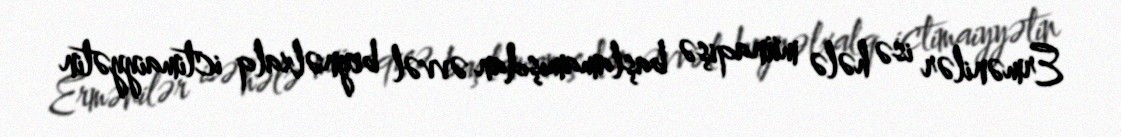
Ermənilər isə hələ münaqişə başlamamışdan əvvəl beynəlxalq ictimaiyyətin